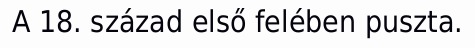
A 18. század első felében puszta.